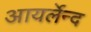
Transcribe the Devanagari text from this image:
आयर्लेन्द